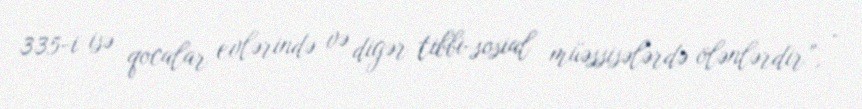
335-i isə qocalar evlərində və digər tibbi-sosial müəssisələrdə ölənlərdir”, -